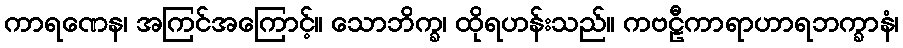
ကာရဏေန၊ အကြင်အကြောင့်။ သောဘိက္ခ၊ ထိုရဟန်းသည်။ ကဗဠီကာရာဟာရဘက္ခာနံ၊